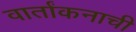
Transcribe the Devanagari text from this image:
वार्तांकनाची